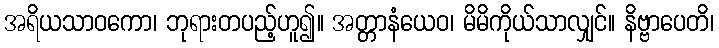
အရိယသာဝကော၊ ဘုရားတပည့်ဟူ၍။ အတ္တာနံယေဝ၊ မိမိကိုယ်သာလျှင်။ နိဗ္ဗာပေတိ၊